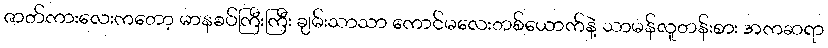
ဇာတ်ကားလေးကတော့ မာနခပ်ကြီးကြီး ချမ်းသာသာ ကောင်မလေးတစ်ယောက်နဲ့ သာမန်လူတန်းစား အကဆရာ